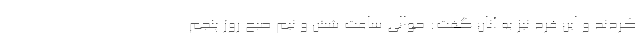
کردند و این فرد نیز به آنان گفت: حوالی ساعت شش و نیم صبح روز پنجم